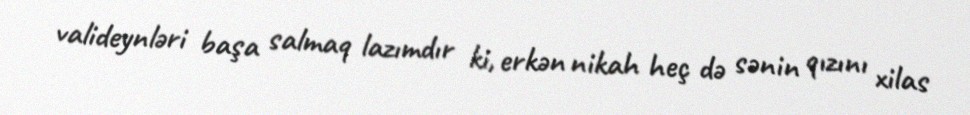
valideynləri başa salmaq lazımdır ki, erkən nikah heç də sənin qızını xilas